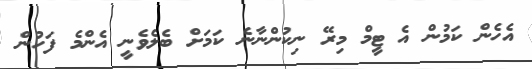
އެހެން ކަމުން އެ ޓީމް މިރޭ ނިކުންނާނެ ކަމަށް ބެލެވެނީ އެންމެ ފަހުން